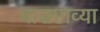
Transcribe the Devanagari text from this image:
बासष्टाव्या